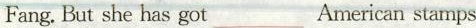
Fang.But she has got___American stamps